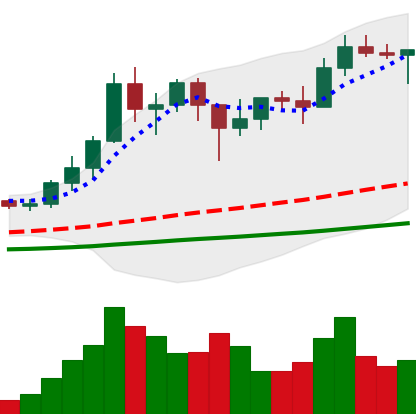
Ticker: ADA-USD
Chart end date: 2021-01-20
Forward return: -8.393%
Label: down_7plus